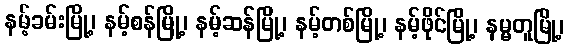
နမ့်ခမ်းမြို့၊ နမ့်စန်မြို့၊ နမ့်ဆန်မြို့၊ နမ့်တစ်မြို့၊ နမ့်ဖိုင်မြို့၊ နမ္မတူမြို့၊